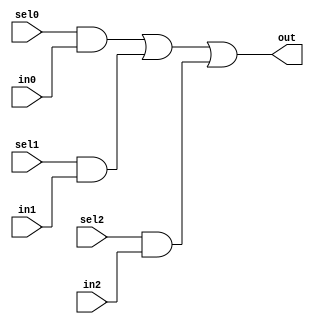
//#############################################################################
//# Function: 3:1 one hot mux                                                 #
//#############################################################################
//# Author:   Andreas Olofsson                                                #
//# License:  MIT (see LICENSE file in OH! repository)                        #
//#############################################################################

module asic_dmux3 #(parameter PROP = "DEFAULT")   (
    input  sel2,
    input  sel1,
    input  sel0,
    input  in2,
    input  in1,
    input  in0,
    output out
    );

   assign out = sel0 & in0 |
		sel1 & in1 |
		sel2 & in2;

endmodule